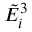
{ \tilde { E } } _ { i } ^ { 3 }